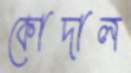
কোদাল